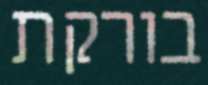
בורקת